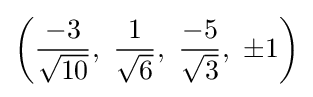
\left({\frac {-3}{\sqrt {10}}},\ {\frac {1}{\sqrt {6}}},\ {\frac {-5}{\sqrt {3}}},\ \pm 1\right)